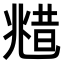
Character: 𠒮